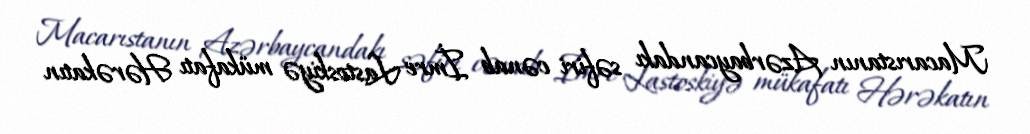
Macarıstanın Azərbaycandakı səfiri cənab İmre Lastoskiyə mükafatı Hərəkatın